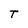
Character: T